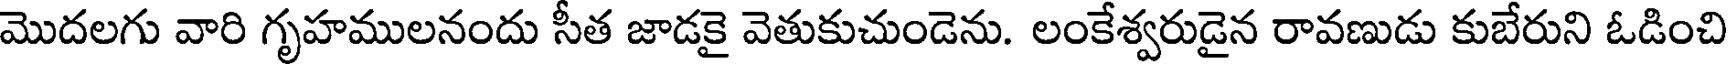
మొదలగు వారి గృహములనందు సీత జాడకై వెతుకుచుండెను. లంకేశ్వరుడైన రావణుడు కుబేరుని ఓడించి